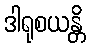
ဒါရုစယန္တိ